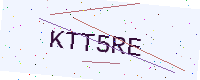
Text: KTT5RE